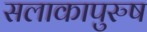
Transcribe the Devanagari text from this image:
सलाकापुरुष